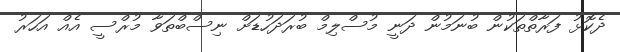
ދެކޮޅު ފަރާތްތަކުން ބުނަމުން ދަނީ މުސްލިމް ބުރަދަހުޑަށް ނިސްބްތަވާ މުރްސީ އެއް އަހަރު